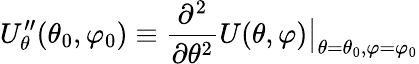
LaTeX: U_{\theta}^{\prime\prime}(\theta_{0},\varphi_{0})\equiv\frac{\partial^{2}}{\partial\theta^{2}}U(\theta,\varphi)\big\rvert_{\theta=\theta_{0},\varphi=\varphi_{0}}